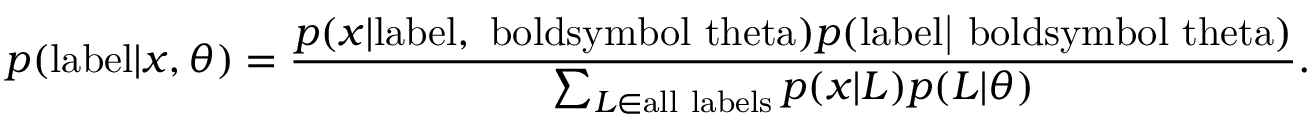
p ( \mathrm { { l a b e l } } | { \boldsymbol { x } } , { \boldsymbol { \theta } } ) = { \frac { p ( { { \boldsymbol { x } } | \mathrm { { l a b e l , { \ b o l d s y m b o l { \ t h e t a } } } } } ) p ( \mathrm { { l a b e l | { \ b o l d s y m b o l { \ t h e t a } } } } ) } { \sum _ { L \in { \mathrm { a l l ~ l a b e l s } } } p ( { \boldsymbol { x } } | L ) p ( L | { \boldsymbol { \theta } } ) } } .